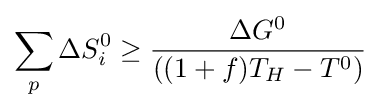
\sum _{p}^{}{\Delta S_{i}^{0}}\geq {\frac {\Delta G^{0}}{((1+f)T_{H}-T^{0})}}